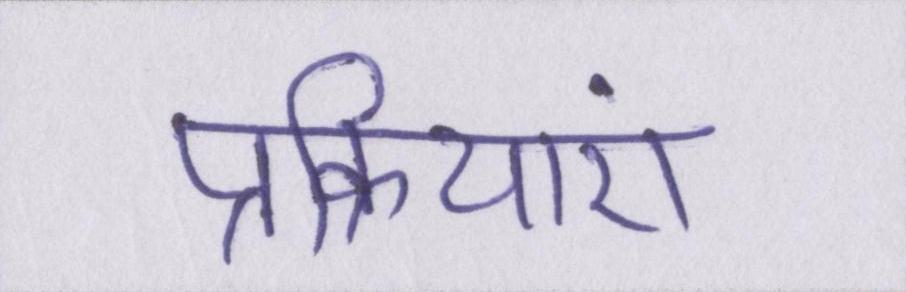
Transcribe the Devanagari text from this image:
प्रक्रियाएं